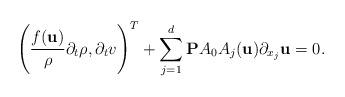
LaTeX: \begin{align*}\Bigg(\frac{f(\textbf{u})}{\rho}\partial_{t}\rho, \partial_{t}v \Bigg)^{T} + \sum_{j=1}^{d} \textbf{P}A_{0}A_{j}(\textbf{u})\partial_{x_{j}}\textbf{u}=0.\end{align*}